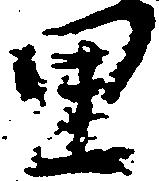
里